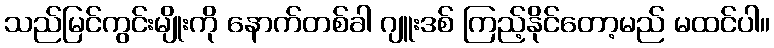
သည်မြင်ကွင်းမျိုးကို နောက်တစ်ခါ ဂျူးဒစ် ကြည့်နိုင်တော့မည် မထင်ပါ။